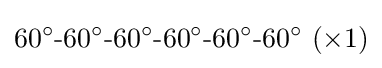
60^{\circ }{\text{-}}60^{\circ }{\text{-}}60^{\circ }{\text{-}}60^{\circ }{\text{-}}60^{\circ }{\text{-}}60^{\circ }~(\times 1)